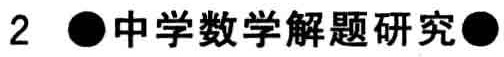
2 \bullet 中学数学解题研究 \bullet